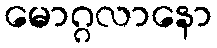
မောဂ္ဂလာနော